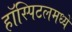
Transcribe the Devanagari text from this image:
हॉस्पिटलमध्यें